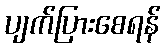
ပျက်ပြားစေရန်